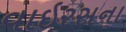
વાઇરસના